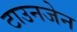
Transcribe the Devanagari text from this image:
टाउनजेन